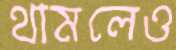
থামলেও